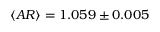
\langle A R \rangle = 1 . 0 5 9 \pm 0 . 0 0 5